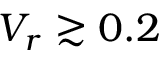
V _ { r } \gtrsim 0 . 2